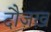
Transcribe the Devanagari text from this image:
दौज़ख़